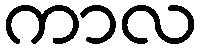
ကာလ